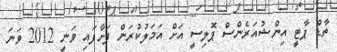
ތާޑް ޕާޓީ އިންޝުއަރެންސް ޕޮލިސީ އަށް އަމަލުކުރަން ފަށާފައި ވަނީ 2012 ވަނަ